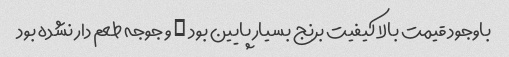
باوجود قیمت بالا کیفیت برنج بسیار پایین بود … و جوجه طعم دار نشده بود